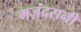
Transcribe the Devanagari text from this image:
मज़ंदरानी